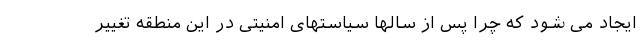
ایجاد می شود که چرا پس از سالها سیاستهای امنیتی در این منطقه تغییر